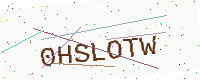
Text: 0HSLOTW